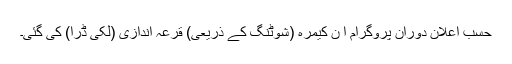
حسبِ اعلان دورانِ پروگرام اِ ن کیمرہ (شوٹنگ کے ذریعی) قرعہ اندازی (لکّی ڈرا) کی گئی۔